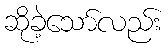
ဆိုခဲ့သော်လည်း